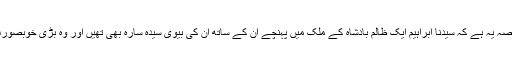
اس کا قصہ یہ ہے کہ سیدنا ابراہیمؑ ایک ظالم بادشاہ کے ملک میں پہنچے ان کے ساتھ ان کی بیوی سیدہ سارہ بھی تھیں اور وہ بڑی خوبصورت تھیں۔